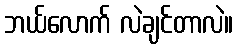
ဘယ်လောက် လဲချင်တာလဲ။